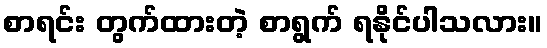
စာရင်း တွက်ထားတဲ့ စာရွက် ရနိုင်ပါသလား။